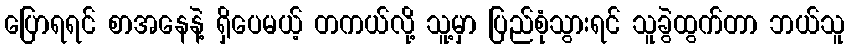
ပြောရရင် စာအနေနဲ့ ရှိပေမယ့် တကယ်လို့ သူ့မှာ ပြည်စုံသွားရင် သူခွဲထွက်တာ ဘယ်သူ